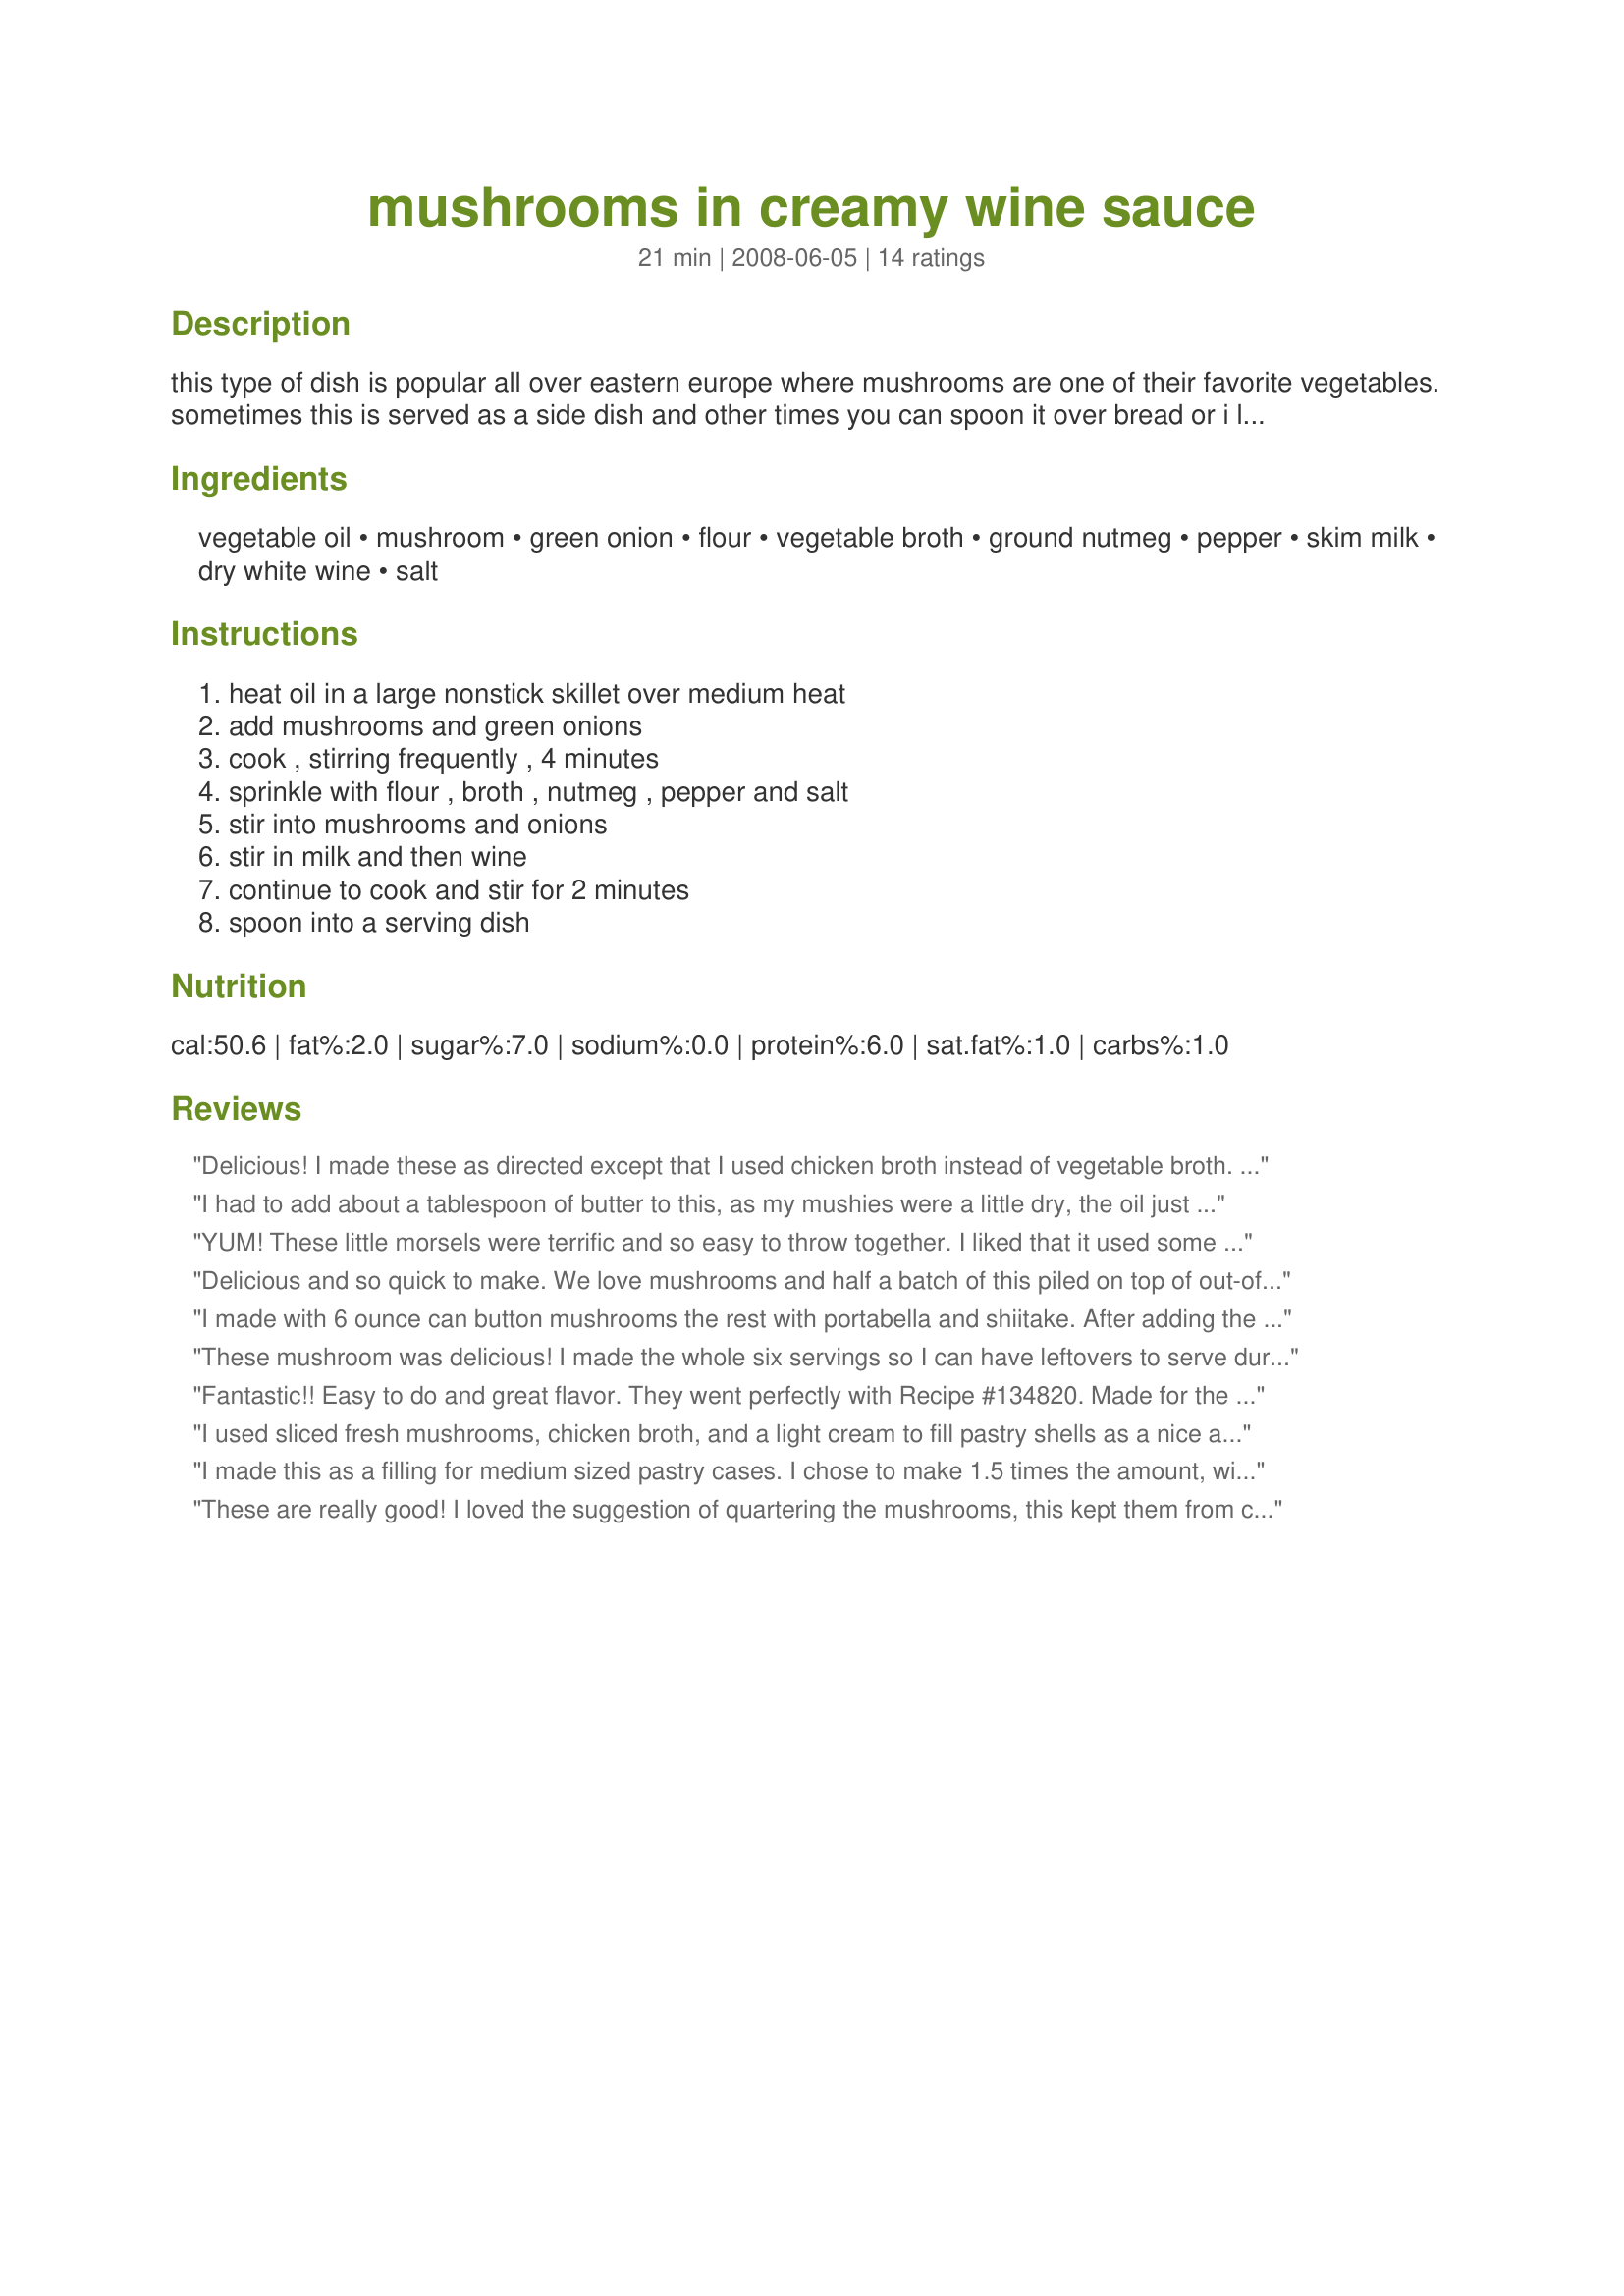
mushrooms in creamy wine sauce
Preparation time: 21 minutes

this type of dish is popular all over eastern europe where mushrooms are one of their favorite vegetables. sometimes this is served as a side dish and other times you can spoon it over bread or i like it over baked potatoes.

Ingredients:
vegetable oil, mushroom, green onion, flour, vegetable broth, ground nutmeg, pepper, skim milk, dry white wine, salt

Steps:
heat oil in a large nonstick skillet over medium heat, add mushrooms and green onions, cook , stirring frequently , 4 minutes, sprinkle with flour , broth , nutmeg , pepper and salt, stir into mushrooms and onions, stir in milk and then wine, continue to cook and stir for 2 minutes, spoon into a serving dish

Reviews:
Delicious! I made these as directed except that I used chicken broth instead of vegetable broth. Everyone loved them. Thanks morgainegeiser for yet another great keeper. Congrats again on your win for Week #16 Football Pool.
I had to add about a tablespoon of butter to this, as my mushies were a little dry, the oil just wasnt enough.
Followed everything else to a T and everyone was full of praise.
The sauce was creamy and just the right thickness. Served with steak, no leftovers! (even though there was only 4 of us :)
YUM! These little morsels were terrific and so easy to throw together. I liked that it used some flour and low fat milk because the cream would have piled on the calories! I enjoyed these on steak that I marinated in Recipe #432326. Made for Holiday tag. Thanks morgainegeiser! :)
Delicious and so quick to make. We love mushrooms and half a batch of this piled on top of out-of-the-oven grainy bread made a perfect lunch for two. I sliced my mushrooms, added some chopped chives and used Spanish onion as that is what I had on hand. I don't mind a sauce being a bit runny when a dish like this is served over bread, so in future I'd probably reduce the amount of flour or leave it out all together. Either way, this is an excellent recipe. Thanks for posting.
I made with 6 ounce can button mushrooms the rest with portabella and shiitake. After adding the flour (I used whole wheat) I cooked for 5 minutes to remove any of the starchy flavor. I did have to add more liquid so I added water almost 1 cup. Cooking till smooth and creamy good. Love my mushrooms with thyme so added fresh thyme and the end of cooking. Thanks!
These mushroom was delicious! I made the whole six servings so I can have leftovers to serve during breakfast on toast but the three of use yummed it all up. It was very easy to make and I love the texture and flavours of the mushrooms. Served with Porterhouse steaks for Hubby and Little Miss and chicken kebahs for myself. Also with a green & tomato salad and Recipe #282409 - Thanks so much morgainegeiser for posting your recipe.
Fantastic!! Easy to do and great flavor. They went perfectly with Recipe #134820. Made for the Babes of ZWT4.
I used sliced fresh mushrooms, chicken broth, and a light cream to fill pastry shells as a nice and easy side to an oven roaster. TFS, made for Aus/NA recipe swap #57.
I made this as a filling for medium sized pastry cases. I chose to make 1.5 times the amount, with twice as much sauce. Even then, there was only about three servings, nowhere near the amount suggested. When I made it, I only had full cream milk. I did think that the method was a little different, but I wanted to be true to the recipe so I didn't change it. Unfortunately what I thought would happen occurred- the sauce split after adding the milk and wine. Next time I would make it more traditionally and add the wine first, cook off the alcohol then add the milk to prevent this from happening. This might not have happened if I used the skim milk due to the lower fat content. I also added parsley at the end, and a little Tabasco, and a few good dollops of thickened cream as it still didn't have enough sauce for me. Overall a good base recipe.
These are really good! I loved the suggestion of quartering the mushrooms, this kept them from cooking down so much and they looked beautiful! 
I used evaporated milk because I had some leftover to use and I used chicken broth and whole wheat flour. Used a viogner for my wine. This created a really nice, thick sauce that tasted great. Did 1/8 tsp salt to taste.
Thanks for the recipe!
Scaled this back to one and made a very enjoyable breakfast on toast. I did omit the wine (as I didn't have any) and salt (don't add) but followed through as written but will omit the nutmeg as I wasn't overkeen on the flavour with the mushrooms but think I would really enjoy it without. Thank you morgainegeiser, made for Recipe Swap #21 October 2008.
DH wanted a mushroom sauce that was creamy to serve with his steak.<br/>This was just the thing..........Perfect!<br/>I used fresh sliced mushrooms and everything else as per the recipe..........He loved it!<br/>Thanks morgainegeiser.
I was very pleased with this recipe. The sauce is just the perfect consistancy and just the right amount. Not soupy and not dry. I also love that this is pretty low in fat. Thanx for a great new mushroom recipe!
Aussie Swap #25: DELICIOUS!! Served alongside a chicken dish for our main dish!! INCREDIBLE
